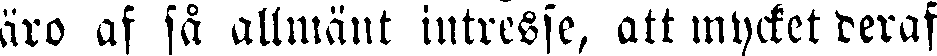
äro af så allmänt intresse, att mycket deraf